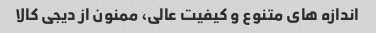
اندازه های متنوع و کیفیت عالی، ممنون از دیجی کالا